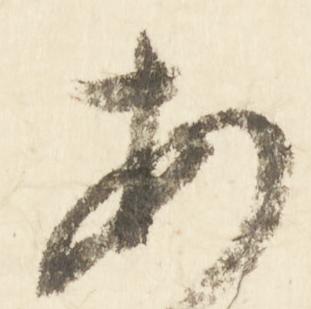
安